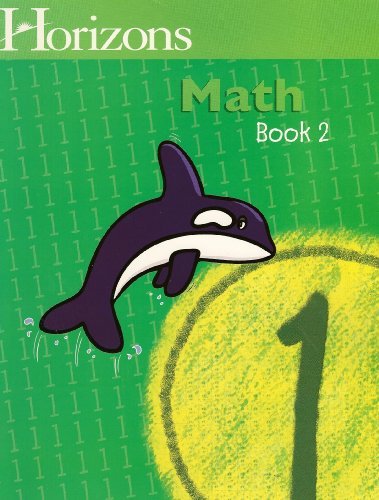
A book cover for Horizons Mathematics 1: Book Two (Lifepac); Sareta A. Cummins; Christian Books & Bibles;